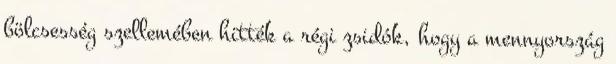
bölcsesség szellemében hitték a régi zsidók, hogy a mennyország